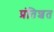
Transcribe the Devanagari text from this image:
प्रंतिशत